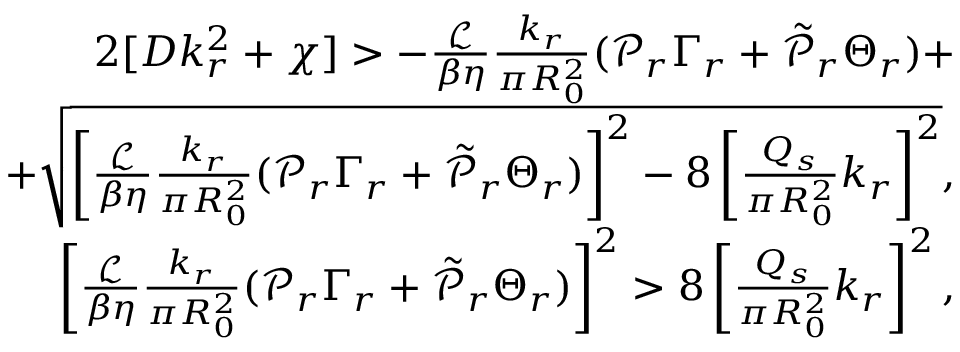
\begin{array} { r } { 2 [ D k _ { r } ^ { 2 } + \chi ] > - \frac { \mathcal { L } } { \beta \eta } \frac { k _ { r } } { \pi R _ { 0 } ^ { 2 } } ( \mathcal { P } _ { r } \Gamma _ { r } + \tilde { \mathcal { P } } _ { r } \Theta _ { r } ) + } \\ { + \sqrt { \left[ \frac { \mathcal { L } } { \beta \eta } \frac { k _ { r } } { \pi R _ { 0 } ^ { 2 } } ( \mathcal { P } _ { r } \Gamma _ { r } + \tilde { \mathcal { P } } _ { r } \Theta _ { r } ) \right] ^ { 2 } - 8 \left[ \frac { Q _ { s } } { \pi R _ { 0 } ^ { 2 } } k _ { r } \right] ^ { 2 } } , } \\ { \left[ \frac { \mathcal { L } } { \beta \eta } \frac { k _ { r } } { \pi R _ { 0 } ^ { 2 } } ( \mathcal { P } _ { r } \Gamma _ { r } + \tilde { \mathcal { P } } _ { r } \Theta _ { r } ) \right] ^ { 2 } > 8 \left[ \frac { Q _ { s } } { \pi R _ { 0 } ^ { 2 } } k _ { r } \right] ^ { 2 } , } \end{array}